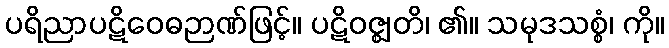
ပရိညာပဋိဝေဓဉာဏ်ဖြင့်။ ပဋိဝဇ္ဈတိ၊ ၏။ သမုဒသစ္စံ၊ ကို။